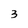
Character: 3